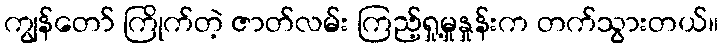
ကျွန်တော် ကြိုက်တဲ့ ဇာတ်လမ်း ကြည့်ရှု့မှုနှုန်းက တက်သွားတယ်။